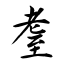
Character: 耋